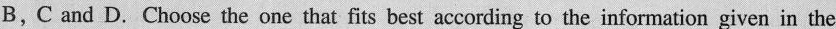
B,C and D. Choose the onc that fits best according to the information given in the